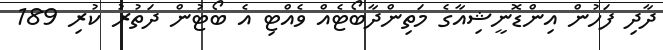
ދާދި ފަހުން އިންޑޮނީޝިއާގެ މަތިންދާބޯޓެއް ވެއްޓި އެ ބޯޓުން ދަތުރު ކުރި 189